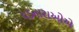
ધડનારાઓએ